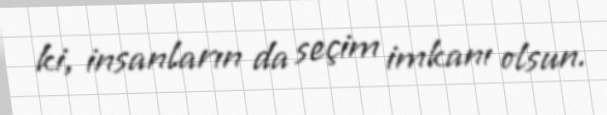
ki, insanların da seçim imkanı olsun.